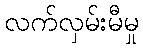
လက်လှမ်းမီမှု